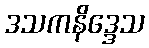
ဒသကနိဒ္ဒေသ